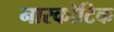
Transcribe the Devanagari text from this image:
नारकोटिक